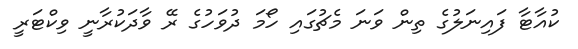
ކުއާޓާ ފައިނަލުގެ ތިން ވަނަ މެޗުގައި ހޯމަ ދުވަހުގެ ރޭ ވާދަކުރާނީ ވިކްޓަރީ